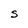
Character: S